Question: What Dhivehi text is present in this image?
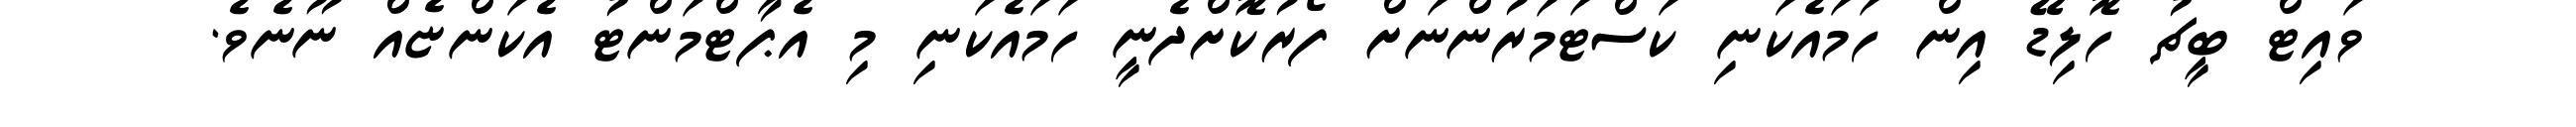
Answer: ވައިޓް ބީޗު ހޮލިޑޭ އިން ހަމައެކަނި ކަސްޓަމަރުންނަށް ފޯރުކޮށްދެނީ ހަމައެކަނި މި އެޕާޓްމަންޓު އެކަންޏެއް ނޫނެވެ.